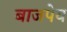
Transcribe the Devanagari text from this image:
बाजपेय